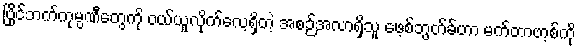
ပြိုင်ဘက်ကုမ္ပဏီတွေကို ဝယ်ယူလိုက်လေ့ရှိတဲ့ အစဉ်အလာရှိသူ ဖေ့စ်ဘွတ်ခ်ဟာ မက်တာဗာ့စ်ကို